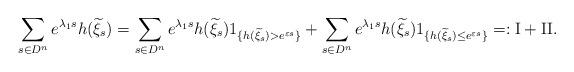
LaTeX: \begin{align*}\sum_{s\in D^{n}}e^{\lambda_{1}s}h(\widetilde{\xi}_{s})=\sum_{s\in D^{n}}e^{\lambda_{1}s}h(\widetilde{\xi}_{s})1_{\{h(\widetilde{\xi}_{s})>e^{\varepsilon s}\}}+\sum_{s\in D^{n}}e^{\lambda_{1}s}h(\widetilde{\xi}_{s})1_{\{h(\widetilde{\xi}_{s})\le e^{\varepsilon s}\}}=:\mathrm{I}+\mathrm{II}.\end{align*}